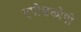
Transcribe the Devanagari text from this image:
एपीसकोपो